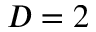
D = 2